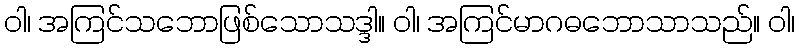
ဝါ၊ အကြင်သဘောဖြစ်သောသဒ္ဒါ။ ဝါ၊ အကြင်မာဂဓဘောသာသည်။ ဝါ၊